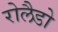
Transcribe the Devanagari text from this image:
रोलैडो